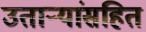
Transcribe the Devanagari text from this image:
उतार्‍यांसहित